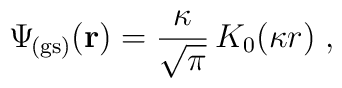
\Psi_{\! {\rm (gs)}} ({\bf r})=\frac{\kappa}{ \sqrt{\pi} } \, K_{0} (\kappa r) \; ,